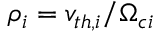
\rho _ { i } = v _ { t h , i } / \Omega _ { c i }